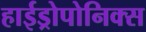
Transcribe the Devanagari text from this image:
हाईड्रोपोनिक्स